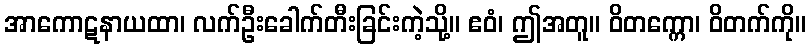
အာကောဋနာယထာ၊ လက်ဦးခေါက်တီးခြင်းကဲ့သို့။ ဧဝံ၊ ဤအတူ။ ဝိတက္ကော၊ ဝိတက်ကို။